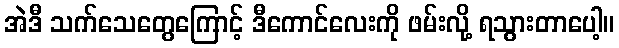
အဲဒီ သက်သေတွေကြောင့် ဒီကောင်လေးကို ဖမ်းလို့ ရသွားတာပေါ့။